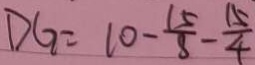
D G = 1 0 - \frac { 1 5 } { 8 } - \frac { 1 5 } { 4 }